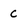
Character: C